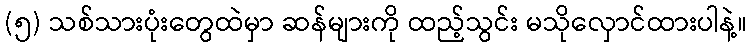
(၅) သစ်သားပုံးတွေထဲမှာ ဆန်များကို ထည့်သွင်း မသိုလှောင်ထားပါနဲ့။